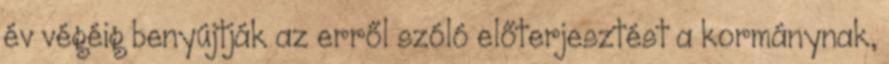
év végéig benyújtják az erről szóló előterjesztést a kormánynak,